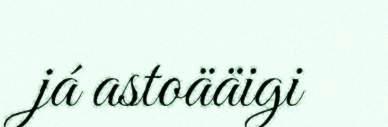
já astoääigi